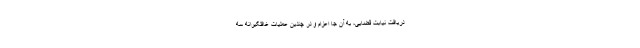
دریافت نیابت قضایی، به آن جا اعزام و در چندین عملیات غافلگیرانه سه